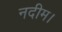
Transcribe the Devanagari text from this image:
नदीम।